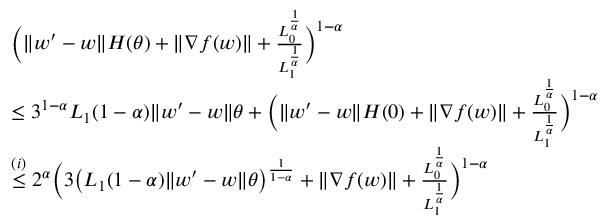
\begin{array} { r l } & { \Big ( \| w ^ { \prime } - w \| H ( \theta ) + \| \nabla f ( w ) \| + \frac { L _ { 0 } ^ { \frac { 1 } { \alpha } } } { L _ { 1 } ^ { \frac { 1 } { \alpha } } } \Big ) ^ { 1 - \alpha } } \\ & { \le 3 ^ { 1 - \alpha } L _ { 1 } ( 1 - \alpha ) \| w ^ { \prime } - w \| \theta + \Big ( \| w ^ { \prime } - w \| H ( 0 ) + \| \nabla f ( w ) \| + \frac { L _ { 0 } ^ { \frac { 1 } { \alpha } } } { L _ { 1 } ^ { \frac { 1 } { \alpha } } } \Big ) ^ { 1 - \alpha } } \\ & { \overset { ( i ) } { \le } 2 ^ { \alpha } \Big ( 3 \big ( L _ { 1 } ( 1 - \alpha ) \| w ^ { \prime } - w \| \theta \big ) ^ { \frac { 1 } { 1 - \alpha } } + \| \nabla f ( w ) \| + \frac { L _ { 0 } ^ { \frac { 1 } { \alpha } } } { L _ { 1 } ^ { \frac { 1 } { \alpha } } } \Big ) ^ { 1 - \alpha } } \end{array}